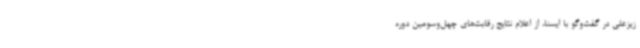
زیزعلی در گفت‌وگو با ایسنا، از اعلام نتایج رقابت‌های چهل‌وسومین دوره